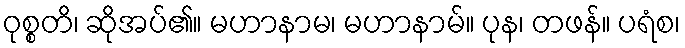
ဝုစ္စတိ၊ ဆိုအပ်၏။ မဟာနာမ၊ မဟာနာမ်။ ပုန၊ တဖန်။ ပရံစ၊